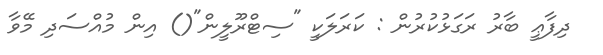
ދިފާޢީ ބާރު ރަގަޅުކުރުން : ކަރަލަކީ "ސިޓްރޫލީން"() އިން މުއްސަދި މޭވާ